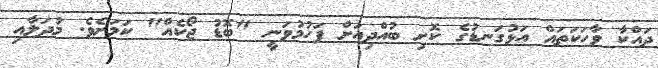
ދައްކާ ވާހަކަތައް އަޅުގަނޑުގެ ކޮށި ބުއްދިއަށް ފަހުމުވަނީ "ބޮޑު ޖޯކެއް" ކަމަށެވެ. މުދަލާއި